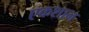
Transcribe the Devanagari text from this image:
एकशान